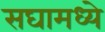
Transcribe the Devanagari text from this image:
सघामध्ये